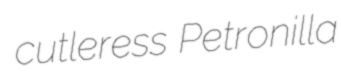
cutleress Petronilla